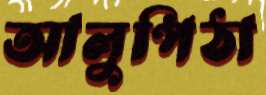
আলুপিঠা